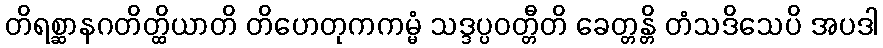
တိရစ္ဆာနဂတိတ္ထိယာတိ တိဟေတုကကမ္မံ သဒ္ဒပ္ပဝတ္တီတိ ခေတ္တန္တိ တံသဒိသေပိ အပဒါ